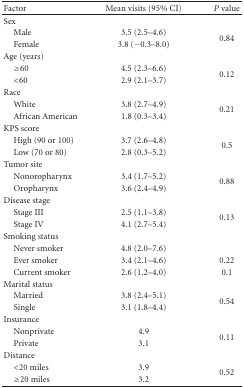
<table><thead><tr><td><b>Factor</b></td><td><b>Mean visits (95% CI)</b></td><td><b><i>P</i> value</b></td></tr></thead><tbody><tr><td>Sex</td><td> </td><td> </td></tr><tr><td> Male</td><td>3.5 (2.5–4.6)</td><td rowspan="2">0.84</td></tr><tr><td> Female</td><td>3.8 (−0.3–8.0)</td></tr><tr><td>Age (years)</td><td> </td><td> </td></tr><tr><td> ≥60</td><td>4.5 (2.3–6.6)</td><td rowspan="2">0.12</td></tr><tr><td> &lt;60</td><td>2.9 (2.1–3.7)</td></tr><tr><td>Race</td><td> </td><td> </td></tr><tr><td> White</td><td>3.8 (2.7–4.9)</td><td rowspan="2">0.21</td></tr><tr><td> African American</td><td>1.8 (0.3–3.4)</td></tr><tr><td>KPS score</td><td> </td><td> </td></tr><tr><td> High (90 or 100)</td><td>3.7 (2.6–4.8)</td><td rowspan="2">0.5</td></tr><tr><td> Low (70 or 80)</td><td>2.8 (0.3–5.2)</td></tr><tr><td>Tumor site</td><td> </td><td> </td></tr><tr><td> Nonoropharynx</td><td>3.4 (1.7–5.2)</td><td rowspan="2">0.88</td></tr><tr><td> Oropharynx</td><td>3.6 (2.4–4.9)</td></tr><tr><td>Disease stage</td><td> </td><td> </td></tr><tr><td> Stage III</td><td>2.5 (1.1–3.8)</td><td rowspan="2">0.13</td></tr><tr><td> Stage IV</td><td>4.1 (2.7–5.4)</td></tr><tr><td>Smoking status</td><td> </td><td> </td></tr><tr><td> Never smoker</td><td>4.8 (2.0–7.6)</td><td> </td></tr><tr><td> Ever smoker</td><td>3.4 (2.1–4.6)</td><td>0.22</td></tr><tr><td> Current smoker</td><td>2.6 (1.2–4.0)</td><td>0.1</td></tr><tr><td>Marital status</td><td> </td><td> </td></tr><tr><td> Married</td><td>3.8 (2.4–5.1)</td><td rowspan="2">0.54</td></tr><tr><td> Single</td><td>3.1 (1.8–4.4)</td></tr><tr><td>Insurance</td><td> </td><td> </td></tr><tr><td> Nonprivate</td><td>4.9</td><td rowspan="2">0.11</td></tr><tr><td> Private</td><td>3.1</td></tr><tr><td>Distance</td><td> </td><td> </td></tr><tr><td> &lt;20 miles</td><td>3.9</td><td rowspan="2">0.52</td></tr><tr><td> ≥20 miles</td><td>3.2</td></tr></tbody></table>